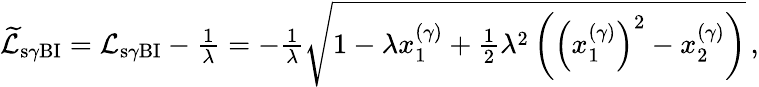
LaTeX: \begin{array}{r}{\widetilde{\mathcal{L}}_{\mathrm{s}\gamma\mathrm{BI}}=\mathcal{L}_{\mathrm{s}\gamma\mathrm{BI}}-\frac{1}{\lambda}=-\frac{1}{\lambda}\sqrt{1-\lambda x_{1}^{(\gamma)}+\frac{1}{2}\lambda^{2}\left(\left(x_{1}^{(\gamma)}\right)^{2}-x_{2}^{(\gamma)}\right)}\, ,}\end{array}